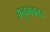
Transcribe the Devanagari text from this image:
अनुभवतच